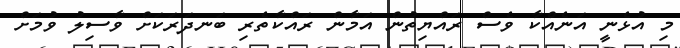
މި އުޅެނީ އަނެއްކާ ވެސް ރައްޔިތުން އަމާން ރައްކާތެރި ބަނދަރަކަށް ވާސިލު ވުމަށް